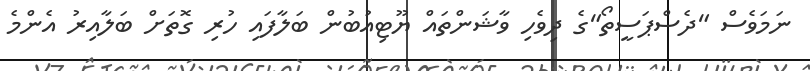
ނަމަވެސް "ދެސްޕަސީތޯ"ގެ ދިވެހި ވާޝަންތައް ޔޫޓިއުބުން ބަލާފައި ހުރި ގޮތަށް ބަލާއިރު އެންމެ